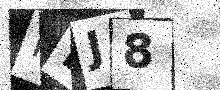
Text: PBJ8